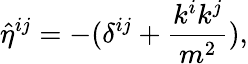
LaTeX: {\hat{\eta}}^{ij}=-(\delta^{ij}+{\frac{k^{i}k^{j}}{m^{2}}}),